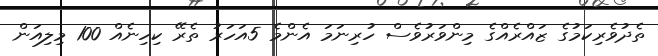
ތެދުވެރިކަމުގެ ޒައްރެއްގެ މިންވަރުވެސް ހުރިނަމަ އެންމެ 5އަހަރު ތެރޭ ކިހިނެއް 100 މިލިއަން